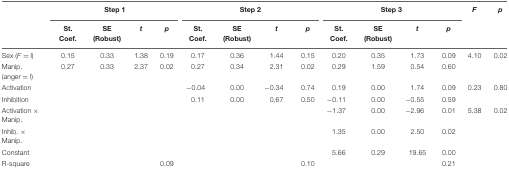
<table><thead><tr><td></td><td colspan="4"><b>Step 1</b></td><td colspan="4"><b>Step 2</b></td><td colspan="4"><b>Step 3</b></td><td><b><i>F</i></b></td><td><b><i>p</i></b></td></tr><tr><td></td><td><b>St. Coef.</b></td><td><b>SE (Robust)</b></td><td><b><i>t</i></b></td><td><b><i>p</i></b></td><td><b>St. Coef.</b></td><td><b>SE (Robust)</b></td><td><b><i>t</i></b></td><td><b><i>p</i></b></td><td><b>St. Coef.</b></td><td><b>SE (Robust)</b></td><td><b><i>t</i></b></td><td><b><i>p</i></b></td><td></td><td></td></tr></thead><tbody><tr><td>Sex (<i>F</i> = l)</td><td>0.15</td><td>0.33</td><td>1.38</td><td>0.19</td><td>0.17</td><td>0.36</td><td>1.44</td><td>0.15</td><td>0.20</td><td>0.35</td><td>1.73</td><td>0.09</td><td>4.10</td><td>0.02</td></tr><tr><td>Manip. (anger = l)</td><td>0.27</td><td>0.33</td><td>2.37</td><td>0.02</td><td>0.27</td><td>0.34</td><td>2.31</td><td>0.02</td><td>0.29</td><td>1.59</td><td>0.54</td><td>0.60</td><td></td><td></td></tr><tr><td>Activation</td><td></td><td></td><td></td><td></td><td>-0.04</td><td>0.00</td><td>-0.34</td><td>0.74</td><td>0.19</td><td>0.00</td><td>1.74</td><td>0.09</td><td>0.23</td><td>0.80</td></tr><tr><td>Inhibition</td><td></td><td></td><td></td><td></td><td>0.11</td><td>0.00</td><td>0.67</td><td>0.50</td><td>-0.11</td><td>0.00</td><td>-0.55</td><td>0.59</td><td></td><td></td></tr><tr><td>Activation × Manip.</td><td></td><td></td><td></td><td></td><td></td><td></td><td></td><td></td><td>-1.37</td><td>0.00</td><td>-2.96</td><td>0.01</td><td>5.38</td><td>0.02</td></tr><tr><td>Inhib. × Manip.</td><td></td><td></td><td></td><td></td><td></td><td></td><td></td><td></td><td>1.35</td><td>0.00</td><td>2.50</td><td>0.02</td><td></td><td></td></tr><tr><td>Constant</td><td></td><td></td><td></td><td></td><td></td><td></td><td></td><td></td><td>5.66</td><td>0.29</td><td>19.65</td><td>0.00</td><td></td><td></td></tr><tr><td>R-square</td><td></td><td></td><td></td><td>0.09</td><td></td><td></td><td></td><td>0.10</td><td></td><td></td><td></td><td>0.21</td><td></td><td></td></tr></tbody></table>